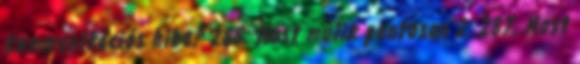
Kommunikációs hiba? 288. Most múlik pontosan 2. 287. Most